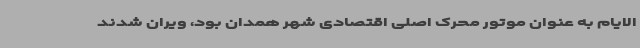
الایام به عنوان موتور محرک اصلی اقتصادی شهر همدان بود، ویران شدند